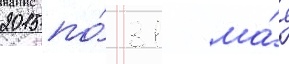
2015 по́ 31 ма́я